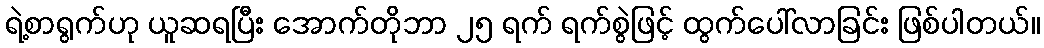
ရဲ့စာရွက်ဟု ယူဆရပြီး အောက်တိုဘာ ၂၅ ရက် ရက်စွဲဖြင့် ထွက်ပေါ်လာခြင်း ဖြစ်ပါတယ်။